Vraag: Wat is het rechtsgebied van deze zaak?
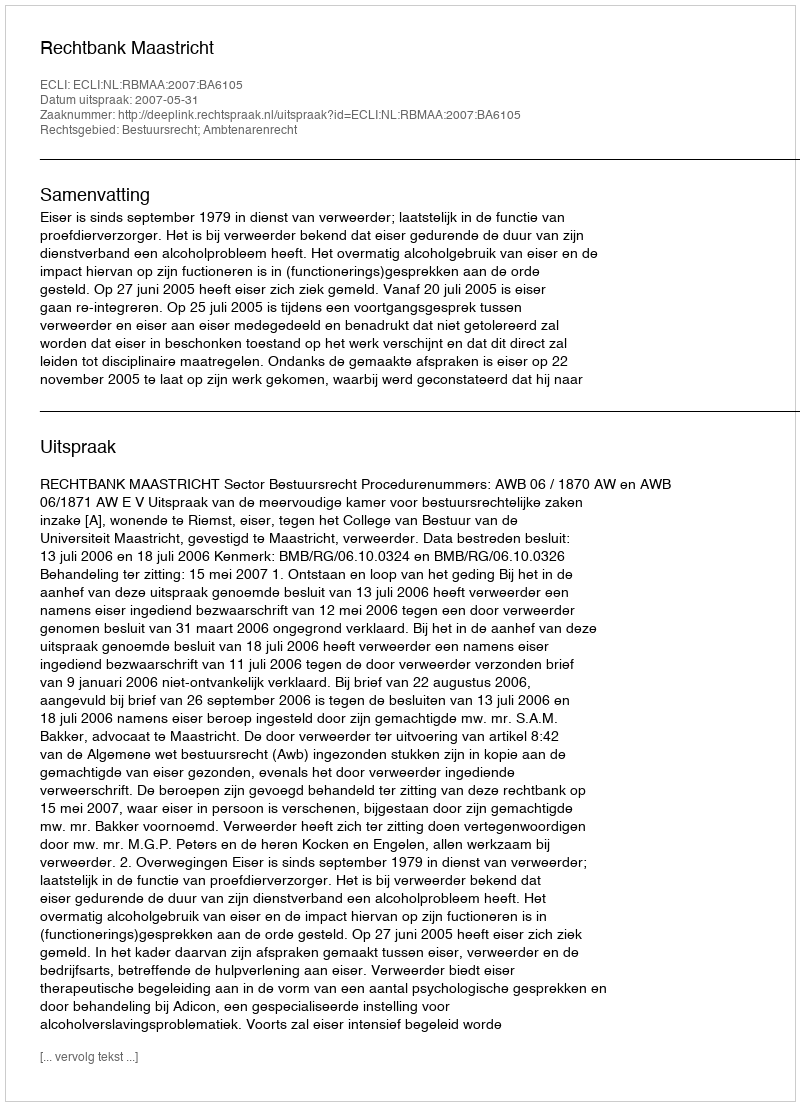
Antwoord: Bestuursrecht; Ambtenarenrecht